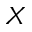
X